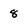
Character: 8